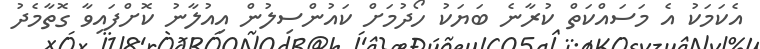
އެކަމަކު އެ މަސައްކަތް ކުރާނެ ބަޔަކު ހޯދުމަށް ކައުންސިލުން އިއުލާނު ކޮށްފައިވާ ގޮތާމެދު